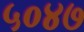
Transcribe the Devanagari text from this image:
५०४७